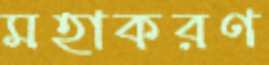
মহাকরণ